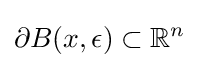
\partial B(x,\epsilon )\subset \mathbb {R} ^{n}